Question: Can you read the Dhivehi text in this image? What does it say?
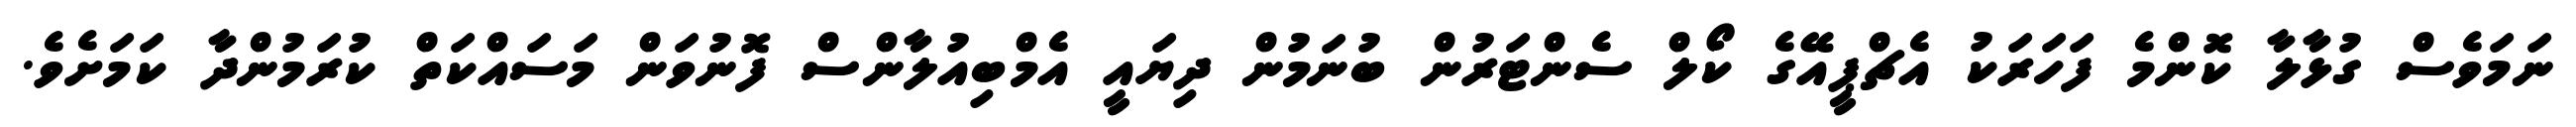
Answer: ނަމަވެސް ގުޅާލާ ކޮންމެ ފަހަރަކު އެޗްޕީއޭގެ ކޯލް ސެންޓަރުން ބުނަމުން ދިޔައީ އެމްބިއުލާންސް ފޮނުވަން މަސައްކަތް ކުރަމުންދާ ކަމަށެވެ.